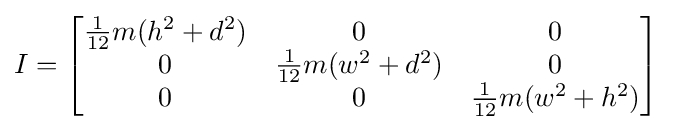
I={\begin{bmatrix}{\frac {1}{12}}m(h^{2}+d^{2})&0&0\\0&{\frac {1}{12}}m(w^{2}+d^{2})&0\\0&0&{\frac {1}{12}}m(w^{2}+h^{2})\end{bmatrix}}